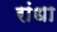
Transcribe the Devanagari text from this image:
रांधा